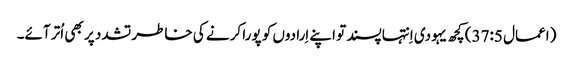
‏ (‏اعمال 5:‏37‏)‏ کچھ یہودی اِنتہاپسند تو اپنے اِرادوں کو پورا کرنے کی خاطر تشدد پر بھی اُتر آئے۔